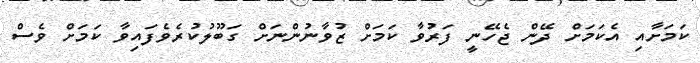
ކަމަށާއި އެކަމަށް ދޭން ޖެހޭނީ ފަރުވާ ކަމަށް ޒުވާނުންނަށް ގަބޫލުކުރެވެފައިވާ ކަމަށް ވެސް